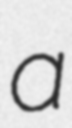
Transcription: a